Indian journal of veterinary science and animal husbandry - Volume 10,
Year: 1940
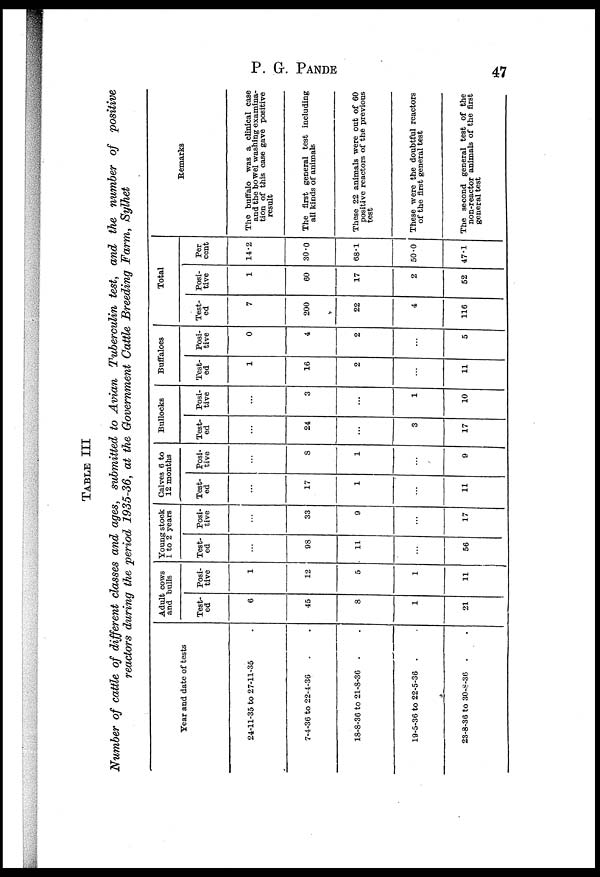
P. G.
PANDE
47
TABLE III
Number of cattle of different classes and ages, submitted to Avian Tuberculin test, and the number of positive
reactors during the period 1935-36, at the Government Cattle Breeding Farm, Sylhet
Year and date of tests
24-11-35 to 27-11-35
7-4-36 to 22-4-36
18-8-36 to 21-8-36 .
19-5-36 to 22-5-36 .
23-8-36 to 30-8-36 .
Adult cows
and bulls
Test-
ed
6
45
8
1
21
Posi-
tive
1
12
5
1
11
Young stock
1 to 2 years
Test-
ed
...
98
11
...
56
Posi-
tive
...
33
9
...
17
Calves 6 to
12 months
Test-
ed
...
17
1
...
11
Posi-
tive
...
8
1
...
9
Bullocks
Test-
ed
...
24
...
3
17
Posi-
tive
...
3
...
1
10
Buffaloes
Test-
ed
1
16
2
...
11
Posi-
tive
0
4
2
...
5
Total
Test-
ed
7
200
22
4
116
Posi-
tive
1
60
17
2
52
Per
cent
14.2
30.0
68.1
50.0
47.1
Remarks
The buffalo was a clinical case
and the bowel washing examina-
tion of this case gave positive
result
The first general test including
all kinds of animals
These 22 animals were out of 60
positive reactors of the previous
test
These were the doubtful reactors
of the first general test
The second general test of the
non-reactor animals of the first
general test